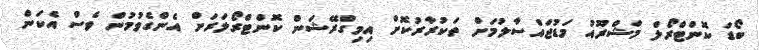
ބޯޑަ ކޮންޓްރޯލް މަޝްރޫއު މަޑުޖައްސާލުމަށް ތަކުރާރުކޮށް އިމިގްރޭޝަން ކޮންޓްރޯލަރަށް އެންގެވުމުން ވެސް އެކަން